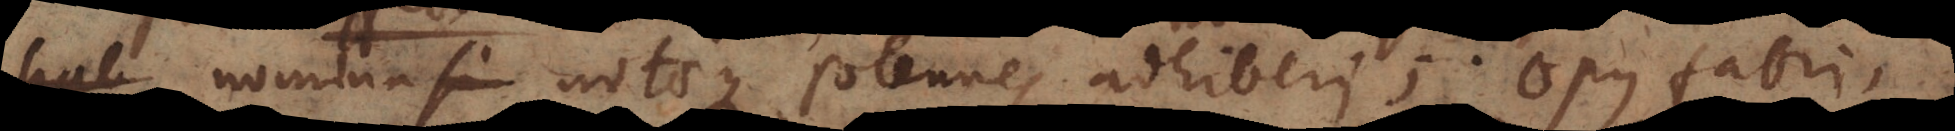
hab nomina notaeque solennes adhiberi; opus fabri,